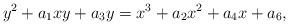
LaTeX: \begin{align*}y^2+a_1xy+a_3y=x^3+a_2x^2+a_4x+a_6,\end{align*}